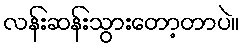
လန်းဆန်းသွားတော့တာပဲ။